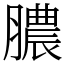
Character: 膿